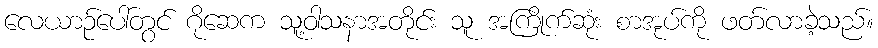
လေယာဉ်ပေါ်တွင် ဂိုဆေက သူ့ဝါသနာအတိုင်း သူ အကြိုက်ဆုံး စာအုပ်ကို ဖတ်လာခဲ့သည်။